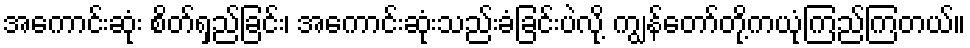
အကောင်းဆုံး စိတ်ရှည်ခြင်း၊ အကောင်းဆုံးသည်းခံခြင်းပဲလို့ ကျွန်တော်တို့ကယုံကြည်ကြတယ်။